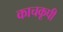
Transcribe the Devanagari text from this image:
काचकूपी